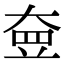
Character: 𡘵